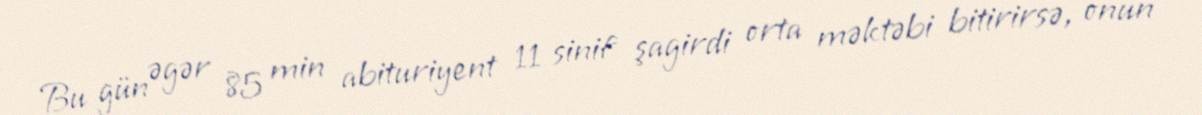
Bu gün əgər 85 min abituriyent 11 sinif şagirdi orta məktəbi bitirirsə, onun